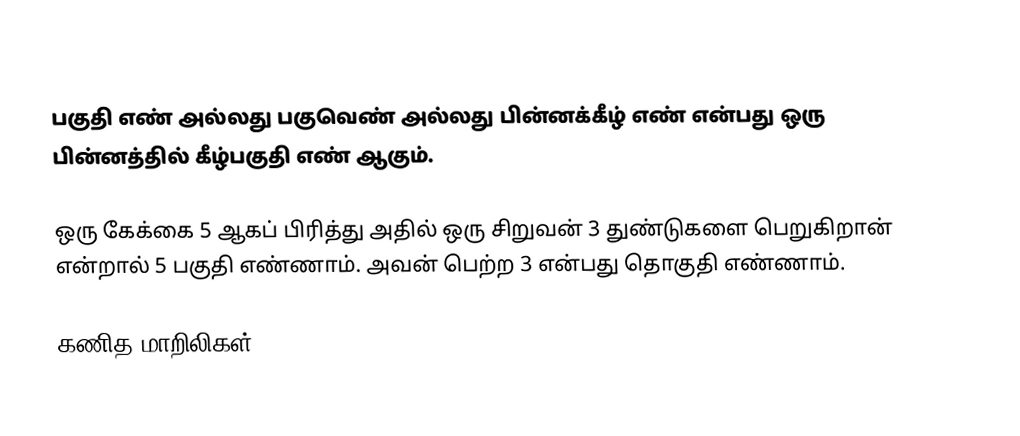
பகுதி எண் அல்லது பகுவெண் அல்லது பின்னக்கீழ் எண் என்பது ஒரு பின்னத்தில் கீழ்பகுதி எண் ஆகும்.

ஒரு கேக்கை 5  ஆகப் பிரித்து அதில் ஒரு சிறுவன் 3 துண்டுகளை பெறுகிறான் என்றால் 5 பகுதி எண்ணாம். அவன் பெற்ற 3 என்பது தொகுதி எண்ணாம்.

கணித மாறிலிகள்